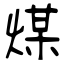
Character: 煤